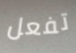
تفعل